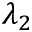
\lambda _ { 2 }